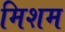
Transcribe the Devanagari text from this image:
मिशम